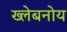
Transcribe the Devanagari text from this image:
ख्लेबनोय